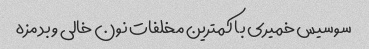
سوسیس خمیری با کمترین مخلفات نون خالی و بد مزه